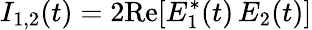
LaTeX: I_{1,2}(t)=2\mathrm{Re}[E_{1}^{*}(t)\, E_{2}(t)]